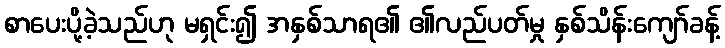
စာပေးပို့ခဲ့သည်ဟု မရှင်း၍ အနှစ်သာရ၏ ၏လည်ပတ်မှု နှစ်သိန်းကျော်ခန့်